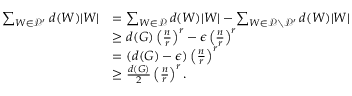
\begin{array} { r l } { \sum _ { W \in \mathcal { P } ^ { \prime } } d ( W ) | W | } & { = \sum _ { W \in \mathcal { P } } d ( W ) | W | - \sum _ { W \in \mathcal { P } \setminus \mathcal { P ^ { \prime } } } d ( W ) | W | } \\ & { \ge d ( G ) \left( \frac { n } { r } \right) ^ { r } - \epsilon \left( \frac { n } { r } \right) ^ { r } } \\ & { = ( d ( G ) - \epsilon ) \left( \frac { n } { r } \right) ^ { r } } \\ & { \ge \frac { d ( G ) } { 2 } \left( \frac { n } { r } \right) ^ { r } . } \end{array}